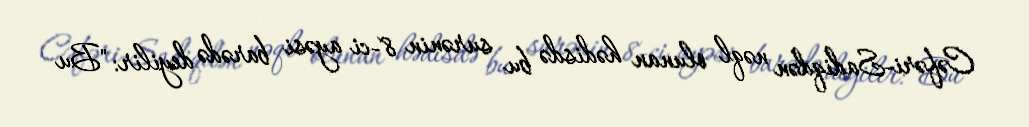
Cəfəri-Sadiqdən nəql olunan hədisdə bu surənin 8-ci ayəsi barədə deyilir: "Bu